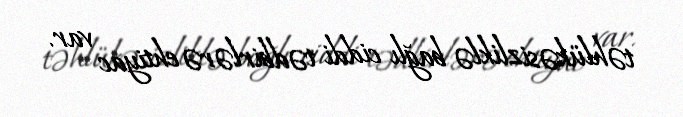
təhlükəsizliklə bağlı ciddi tədbirlərə ehtiyac var.